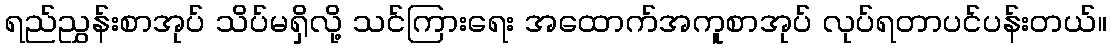
ရည်ညွှန်းစာအုပ် သိပ်မရှိလို့ သင်ကြားရေး အထောက်အကူစာအုပ် လုပ်ရတာပင်ပန်းတယ်။